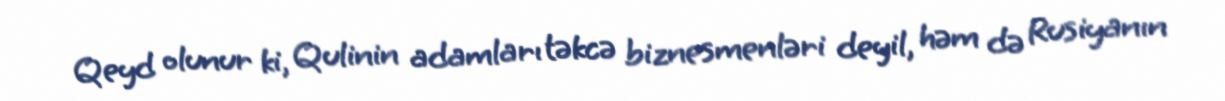
Qeyd olunur ki, Qulinin adamları təkcə biznesmenləri deyil, həm də Rusiyanın